Indian journal of veterinary science and animal husbandry - Volumes 28-29, 1958-1959
Year: 1958
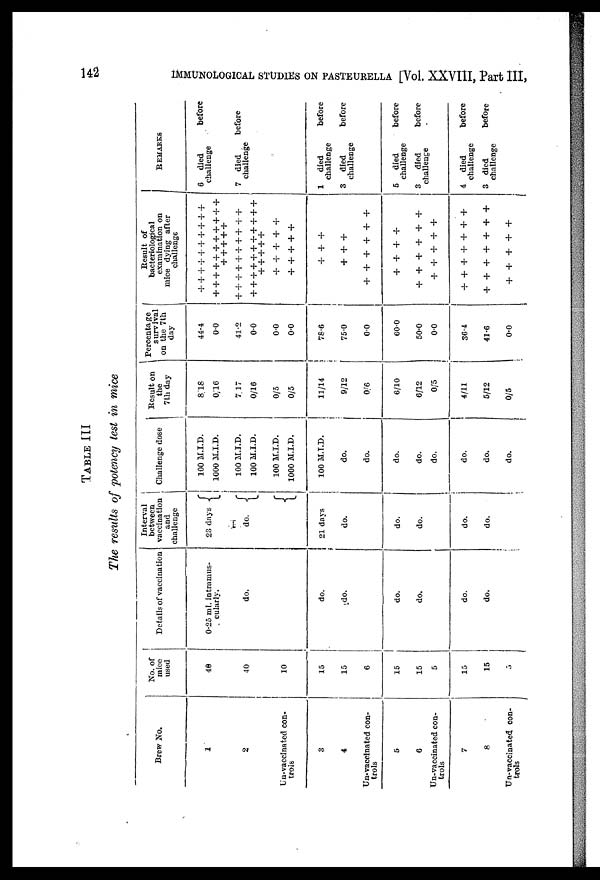
142
IMMUNOLOGICAL STUDIES ON PASTEURELLA [Vol. XXVIII, Part III,
TABLE III
The results of potency test in mice
Brew No.
1
2
Un-vaccinated con-
trols
3
4
Un-vaccinated con-
trols
5
6
Un-vaccinated con-
trols
7
8
Un-vaccinated con-
trols
No. of
mice
used
40
40
10
15
15
6
15
15
5
15
15
5
Details of vaccination
0.25 ml. intramus-
cularly.
do.
do.
do.
do.
do.
do.
do.
Interval
between
vaccination
and
challenge
23 days
do.
21 days
do.
do.
do.
do.
do.
Challenge dose
100 M.I.D.
1000 M.I.D.
100 M.I.D.
100 M.I.D.
100 M.I.D.
1000 M.I.D.
100 M.I.D.
do.
do.
do.
do.
do.
do.
do.
do.
Result on
the
7th day
8 18
0 16
7 17
0/16
0/5
0/5
11/14
9/12
0/6
6/10
6/12
0/5
4/11
5/12
0/5
Percentage
survival
on the 7th
day
44.4
0.0
41.2
0.0
0.0
0.0
78.6
75.0
0.0
60.0
50.0
0.0
36.4
41.6
0.0
Result of
bacteriological
examination on
mice dying after
challenge
+ + + + + + + + + +
+ + + + + + + + + + +
+ + + + +
+ + + + + + + + + +
+ + + + + + + + + + +
+ + + + +
+ + + + +
+ + + + +
+ + +
+ + +
+ + + + + +
+ + + +
+ + + + + +
+ + + + +
+ + + + + + +
+ + + + + + +
+ + + + +
6
died
challenge
7
died
challenge
1
died
challenge
3
died
challenge
5
died
challenge
3
died
challenge
4
died
challenge
3
died
challenge
before
before
before
before
before
before
before
before